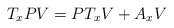
\begin{align*}T_xPV = PT_xV + A_xV\end{align*}